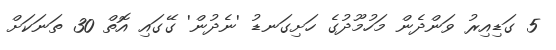
5 ގަޑިއިރު ވަންދެން މަހުމޫދުގެ ހަށިގަނޑު 'ނެދުން' ގޭގައި އޮތް 30 ތަނަކަށް